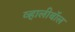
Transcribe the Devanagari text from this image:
व्हालीबॉल